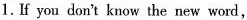
1.If you don't know the new word,